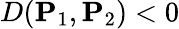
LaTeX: D(\mathbf{P}_{1},\mathbf{P}_{2})<0